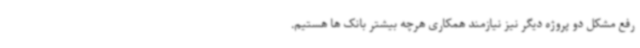
رفع مشکل دو پروژه دیگر نیز نیازمند همکاری هرچه بیشتر بانک ها هستیم.